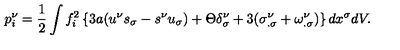
p _ { i } ^ { \nu } = \frac { 1 } { 2 } \int f _ { i } ^ { 2 } \left\{ 3 a ( u ^ { \nu } s _ { \sigma } - s ^ { \nu } u _ { \sigma } ) + \Theta \delta _ { \sigma } ^ { \nu } + 3 ( \sigma _ { . \sigma } ^ { \nu } + \omega _ { . \sigma } ^ { \nu } ) \right\} d x ^ { \sigma } d V .